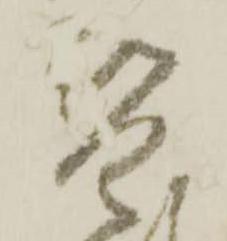
替